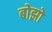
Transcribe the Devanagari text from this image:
बोझो